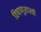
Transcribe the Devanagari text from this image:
विषाणुशास्त्री